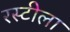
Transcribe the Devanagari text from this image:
रस्टीला